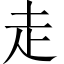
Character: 走